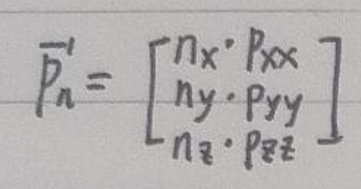
\(\overline{P}_n' = \begin{bmatrix}n_x \cdot p_{xx}\\n_y \cdot p_{yy}\\n_z \cdot p_{zz}\end{bmatrix}\)